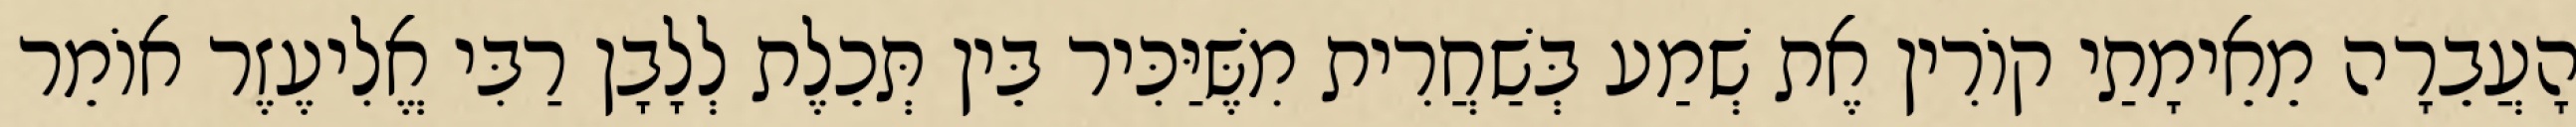
הָעֲבֵרָה מֵאֵימָתַי קוֹרִין אֶת שְׁמַע בְּשַׁחֲרִית מִשֶּׁיַּכִּיר בֵּין תְּכֵלֶת לְלָבָן רַבִּי אֱלִיעֶזֶר אוֹמֵר